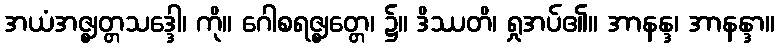
အယံအဇ္ဈတ္တသဒ္ဒေါ၊ ကို။ ဂေါစရဇ္ဈတ္တေ၊ ၌။ ဒိဿတိ၊ ရှုအပ်၏။ အာနန္ဒ၊ အာနန္ဒာ။